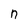
Character: n